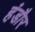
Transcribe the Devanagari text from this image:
हंडौर